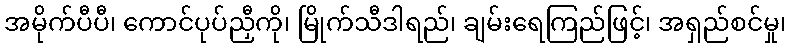
အမိုက်ပီပီ၊ ကောင်ပုပ်ညှီကို၊ မြိုက်သီဒါရည်၊ ချမ်းရေကြည်ဖြင့်၊ အရှည်စင်မှု၊